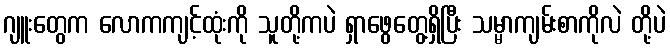
ဂျူးတွေက လောကကျင့်ထုံးကို သူတို့ကပဲ ရှာဖွေတွေ့ရှိပြီး သမ္မာကျမ်းစာကိုလဲ တို့ပဲ